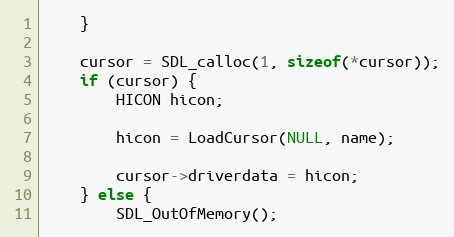
Language: C
    }

    cursor = SDL_calloc(1, sizeof(*cursor));
    if (cursor) {
        HICON hicon;

        hicon = LoadCursor(NULL, name);

        cursor->driverdata = hicon;
    } else {
        SDL_OutOfMemory();